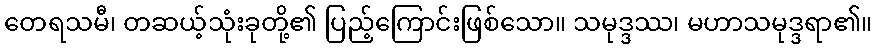
တေရသမီ၊ တဆယ့်သုံးခုတို့၏ ပြည့်ကြောင်းဖြစ်သော။ သမုဒ္ဒဿ၊ မဟာသမုဒ္ဒရာ၏။